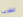
للغرب